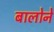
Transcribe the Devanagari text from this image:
बालोने